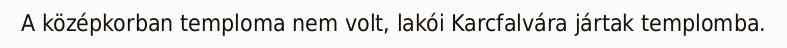
A középkorban temploma nem volt, lakói Karcfalvára jártak templomba.